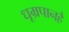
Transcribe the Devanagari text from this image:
धूम्रपानहै